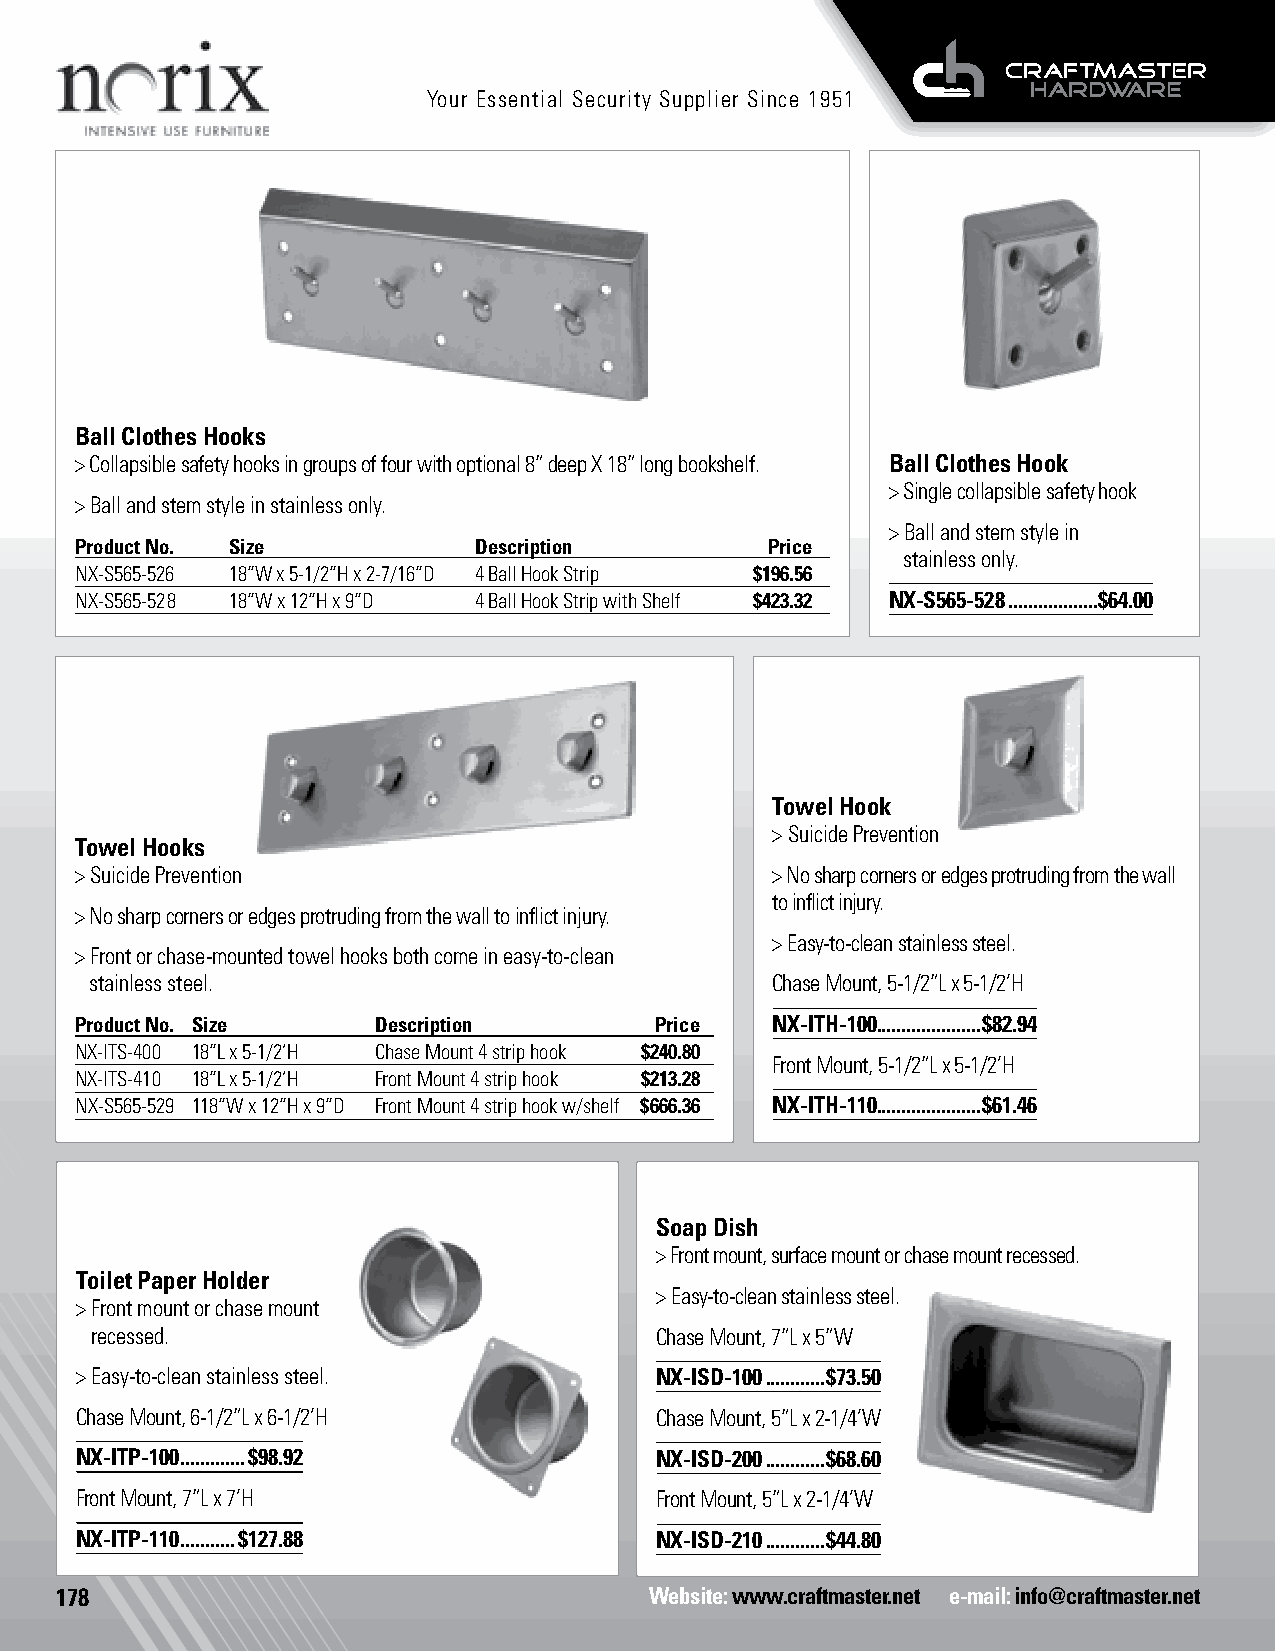
Your Essential Security Supplier Since 1951
 Ball Clothes Hooks Life Safety                        Life Safety
 > Collapsible safety hooks in groups of four with optional 8” deep X 18” long bookshelf. Ball Clothes Hook
 > Single collapsible safety hook
 > Ball and stem style in stainless only.
 > Ball and stem style in
 Product No. Size          Description         Price
 stainless only.
 NX-S565-526 18”W x 5-1/2”H x 2-7/16”D 4 Ball Hook Strip $196.56
 NX-S565-52 8 18”W x 12”H x 9”D 4 Ball Hook Strip with Shelf $423.32 NX-S565-528 ..................$64.00
 Life Safety
 Towel Hook
 Life Safety
 > Suicide Prevention
 Towel Hooks
 > Suicide Prevention                          > No sharp corners or edges protruding from the wall
 to inflict injury.
 > No sharp corners or edges protruding from the wall to inflict injury.
 > Easy-to-clean stainless steel.
 > Front or chase-mounted towel hooks both come in easy-to-clean
 stainless steel.                             Chase Mount, 5-1/2”L x 5-1/2’H
 Product No. Size    Description       Price   NX-ITH-100.....................$82.94
 NX-ITS-400 18”L x 5-1/2’H Chase Mount 4 strip hook $240.80
 Front Mount, 5-1/2”L x 5-1/2’H
 NX-ITS-410 18”L x 5-1/2’H Front Mount 4 strip hook $213.28
 NX-S565-529 118”W x 12”H x 9”D Front Mount 4 strip hook w/shelf $666.36 NX-ITH-110.....................$61.46
 Soap Dish
 > Front mount, surface mount or chase mount recessed.
 Toilet Paper Holder
 > Easy-to-clean stainless steel.
 > Front mount or chase mount
 recessed.                            Chase Mount, 7”L x 5”W
 > Easy-to-clean stainless steel.      NX-ISD-100 ............$73.50
 Chase Mount, 6-1/2”L x 6-1/2’H        Chase Mount, 5”L x 2-1/4’W
 NX-ITP-100 .............$98.92        NX-ISD-200 ............$68.60
 Front Mount, 7”L x 7’H                Front Mount, 5”L x 2-1/4’W
 NX-ITP-110 ...........$127.88         NX-ISD-210 ............$44.80
 178                                    Website: www.craftmaster.net e-mail: info@craftmaster.net